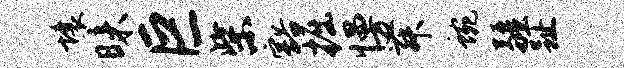
壤昧巨柴豁掘慢舞蜿疆趾